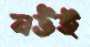
নউই